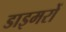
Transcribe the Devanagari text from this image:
डाइमरों